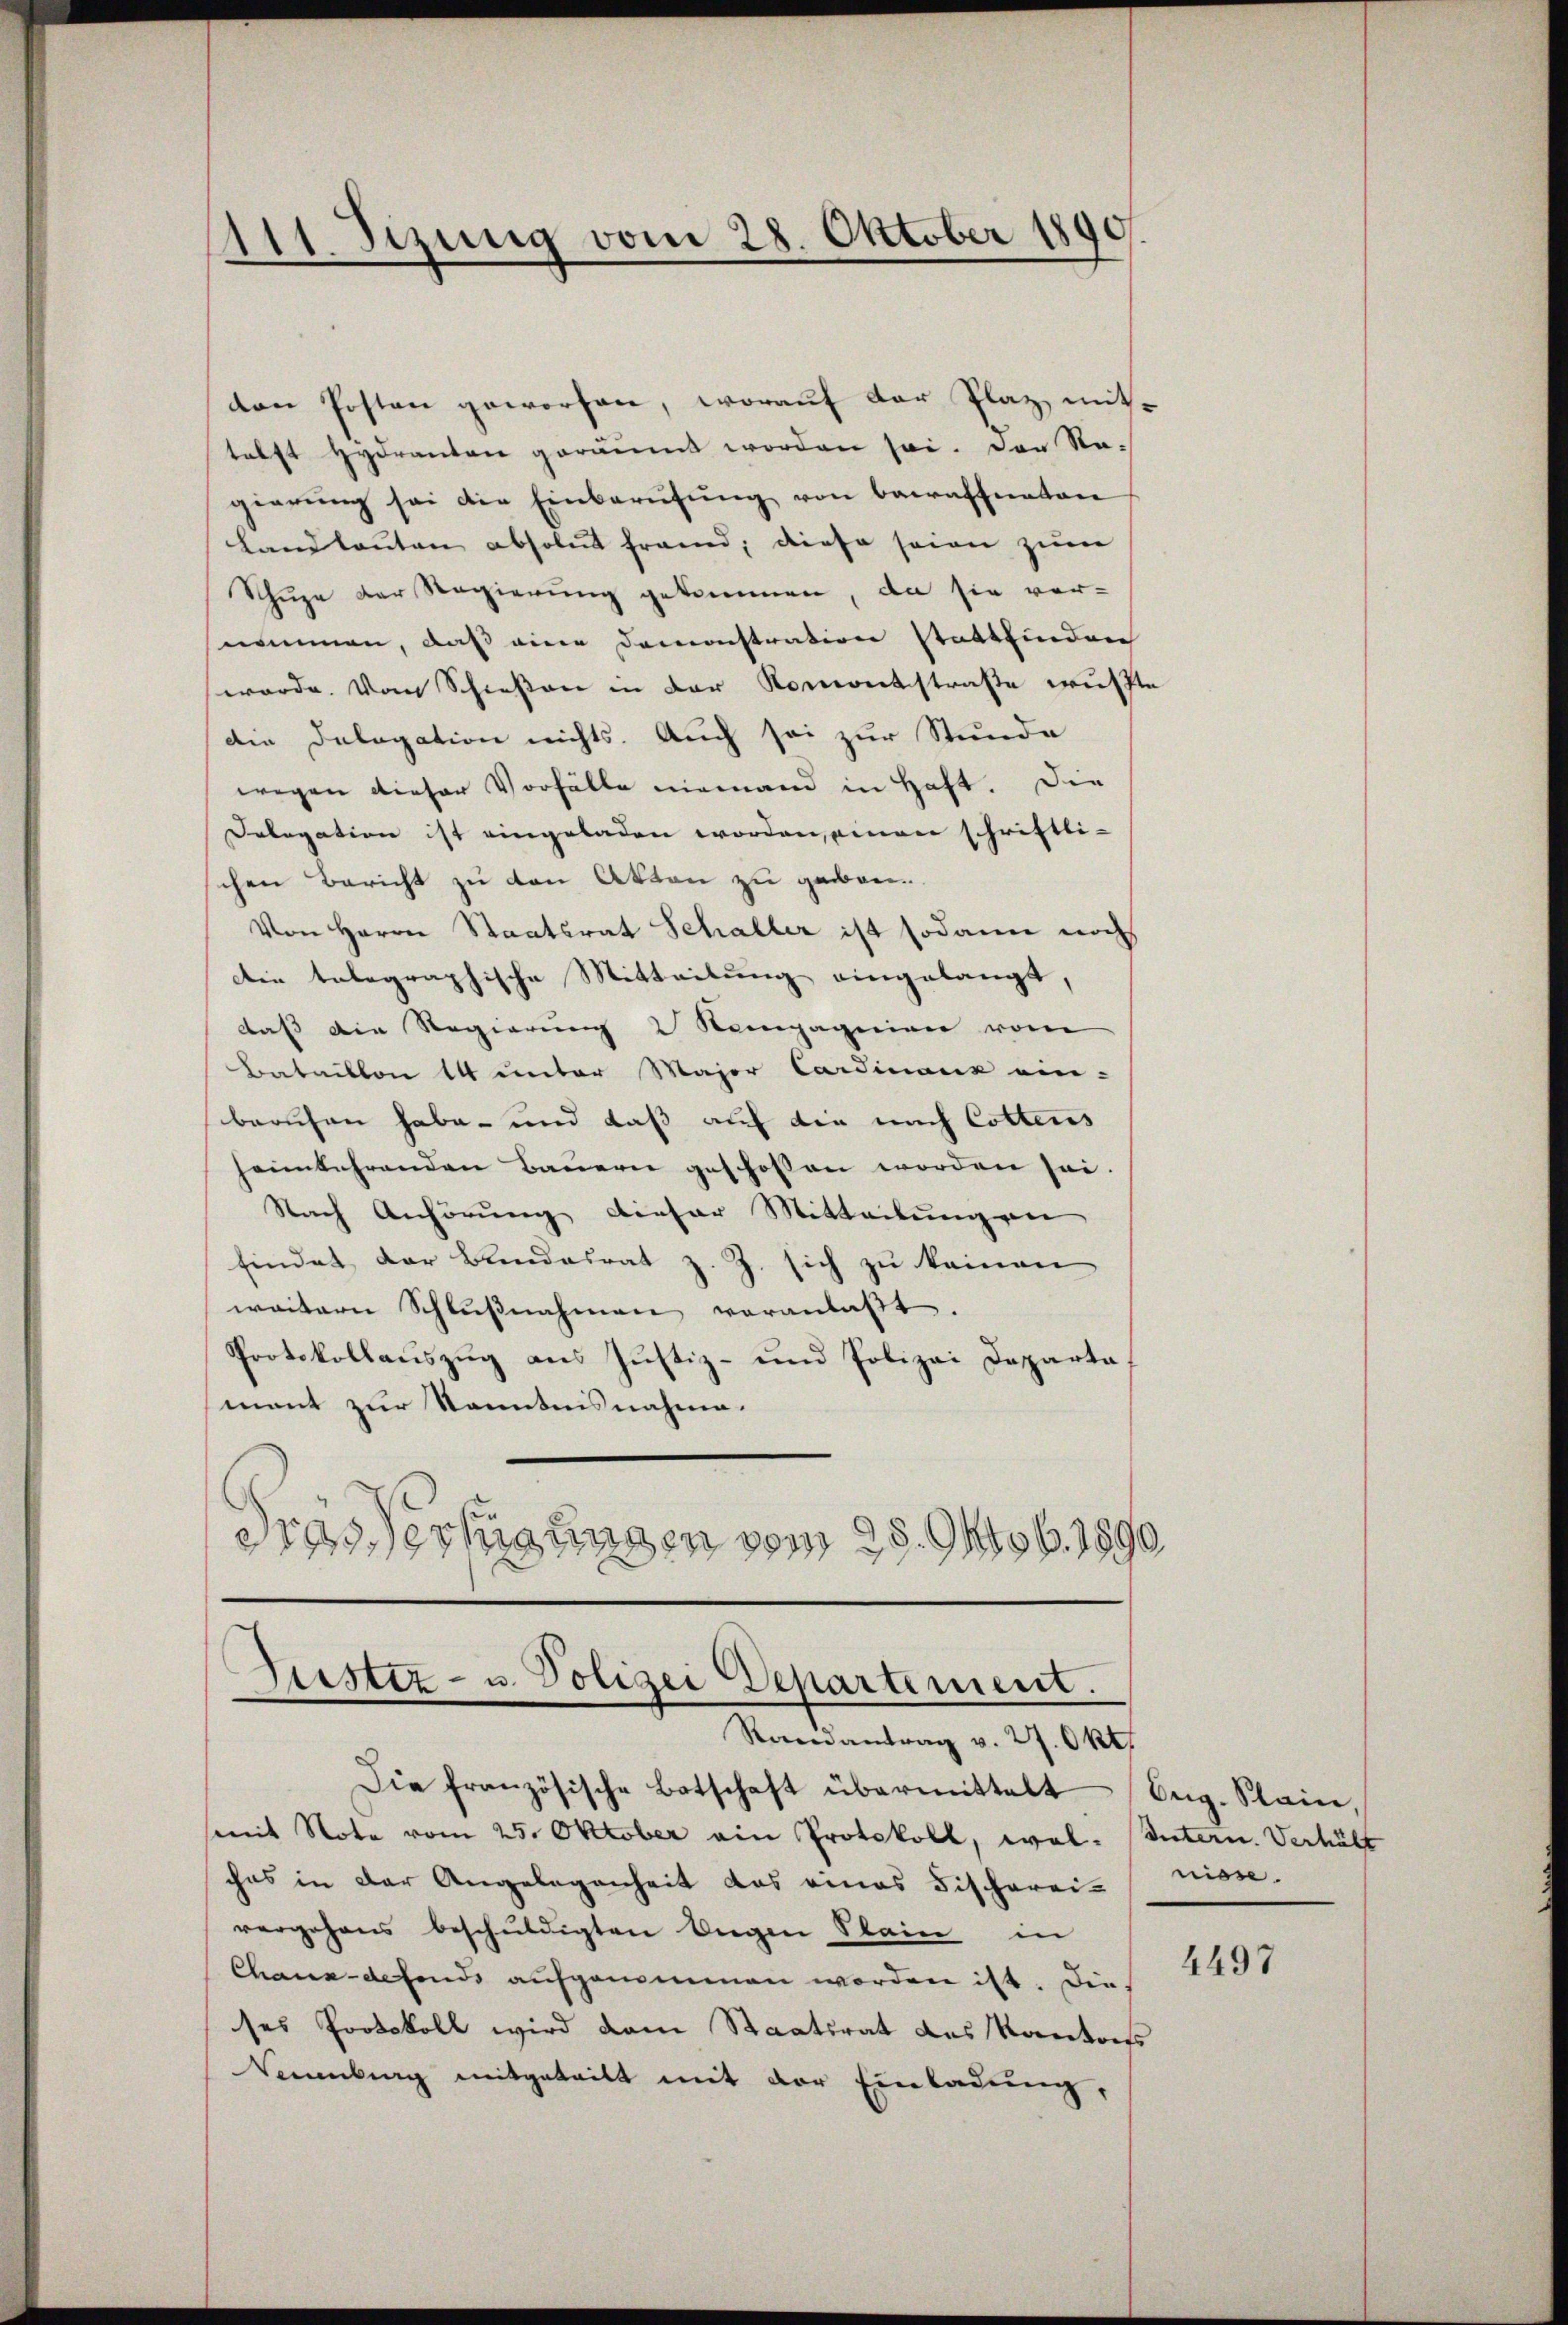
111 Sizung vom 28. Oktober 1890.

den Posten geworfen, worauf der Plaz, mit-
tahft Hydranton geräumt worden sei. Das Ragierŭng sei die Einberŭfŭng von bewaffneten
Landleuten absolut frand, diese seien zum
Schupe der Regierung gekommen, da sie vor-
nommen, daß eine Demonstration stattfinden
werde. Vom Schießen in der Komentstraße wusste
die Delegation nichts. Auch sei zur Stunde
wegen dieser Vorfälle niemand in Haft. Die
Delegation ist eingeladen worden, einen schriftli-
chen Bericht zu den Akten zu geben.
Von Herrn Staatsrat Schaller ist sodann noch
Die telegraphische Mitteilung eingelangt,
daß die Regierung 2 Nompagnien vom
Bataillon 14 unter Major Cardinanz ein-
beruhen habe- und daß auf die nach Cottens
heimkehrenden Baŭern geschossen worden sei.
Nach Anhörung dieser Mitteilungen
findet der Bundesrat z. Z. sich zu keinen
weitern Schlŭβnahmen veranlaβt.
Protokollauszug aus Justiz- und Polizei Departa
ment zur Kenntnisnahme.
a
Gras Verfügungen vom 28. 94tob. 1890.

Justiz- u. Polizei Departement.
Randantrag v. 27. Okt.

Die französische Botschaft übermittelt Ing. Staine,
mit Note vom 25. Oktober ain Protokoll, wel. Intern. Verhält
ches in der Angelegenheit das eines Fischerei-
vergehens beschuldigten Angen Stain in
Chaux-defonds aufgenommen worden ist. Die
ses Protokoll wird dem Staatsrat des Kantons
Vernenberg mitgeteilt mit der Einladung,

nisse.

4497